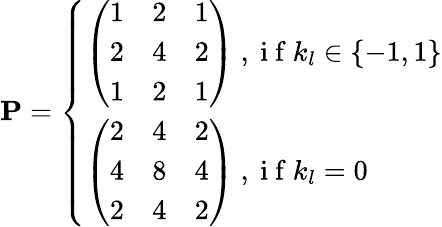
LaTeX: \mathbf{P}=\left\{ \begin{array}{ll}{\left(\begin{array}{rrr}{1}&{2}&{1}\\ {2}&{4}&{2}\\ {1}&{2}&{1}\end{array}\right)\mathrm{~,~i~f~}k_{l}\in\{ -1,1\} }\\ {\left(\begin{array}{rrr}{2}&{4}&{2}\\ {4}&{8}&{4}\\ {2}&{4}&{2}\end{array}\right)\mathrm{~,~i~f~}k_{l}=0}\end{array}\right.